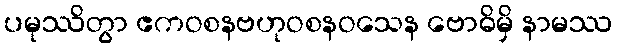
ပမုဿိတွာ ဧကဝစနဗဟုဝစနဝသေန ဗောဓိမှိ နာမဿ